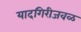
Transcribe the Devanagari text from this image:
यादगिरीजवळ